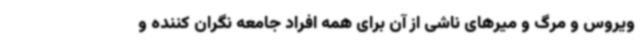
ویروس و مرگ و میرهای ناشی از آن برای همه افراد جامعه نگران کننده و